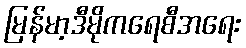
မြန်မာ့ဒီမိုကရေစီအရေး